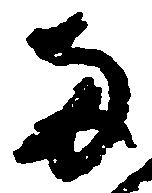
両